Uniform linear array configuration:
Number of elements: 16
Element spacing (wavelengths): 0.75
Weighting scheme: hamming
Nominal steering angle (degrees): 45
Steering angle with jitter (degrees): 46.31
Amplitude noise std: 0.05
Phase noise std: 0.05

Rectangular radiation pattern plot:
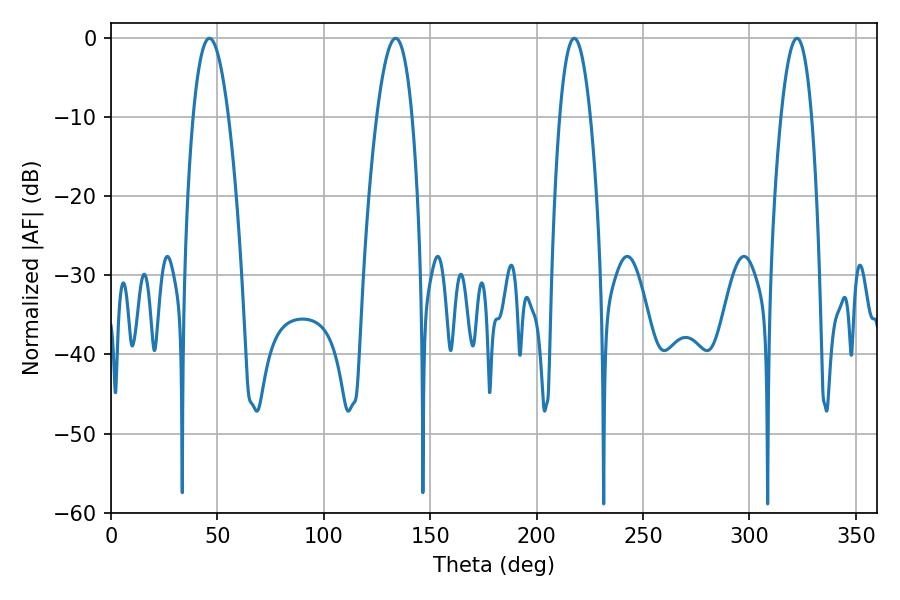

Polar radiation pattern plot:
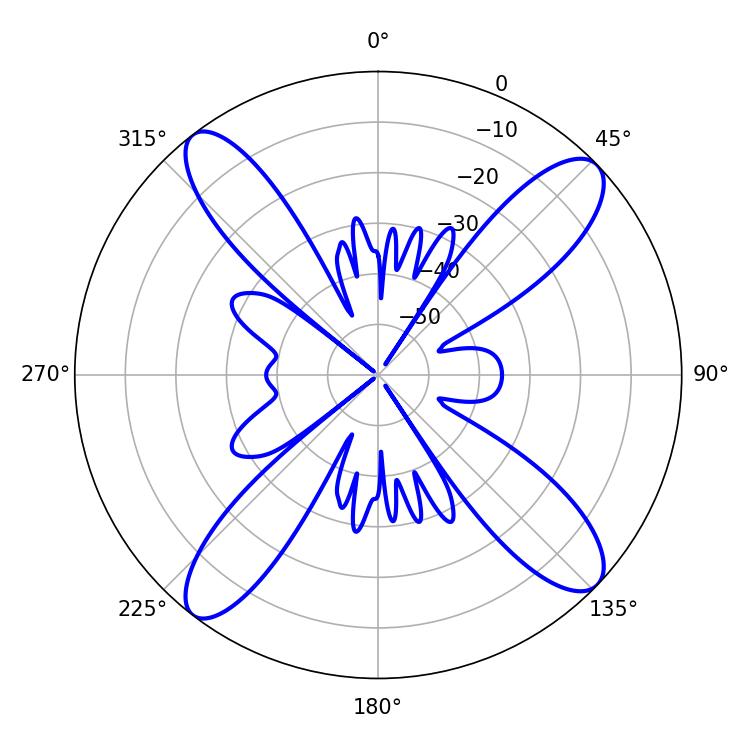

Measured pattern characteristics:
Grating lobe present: TRUE
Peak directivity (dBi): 14.841
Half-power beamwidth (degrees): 9
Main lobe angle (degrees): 46.26